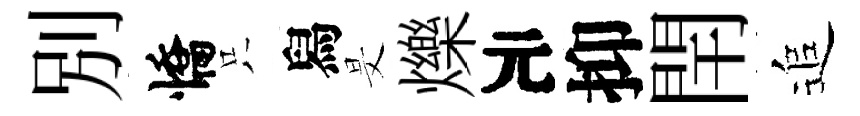
別憍只舄旻爍元抑閈追